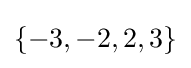
\{-3,-2,2,3\}